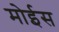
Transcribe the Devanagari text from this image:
मोईस